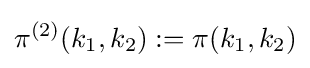
\pi ^{(2)}(k_{1},k_{2}):=\pi (k_{1},k_{2})